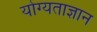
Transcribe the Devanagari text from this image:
योग्यताज्ञान